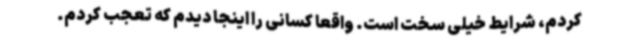
کردم، شرایط خیلی سخت است. واقعا کسانی را اینجا دیدم که تعجب کردم.